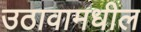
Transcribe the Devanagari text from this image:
उठावामधील